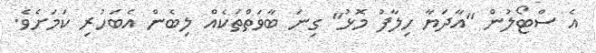
އެ ސްޓޯލުން "އާދަޔާ ހިލާފު މޮޅު" ގިނަ ބާވަތްތަކެއް ލިބެން އެބަހުރި ކަމަށެވެ.